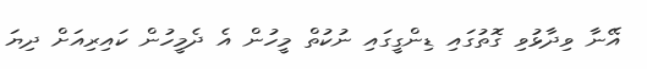
އޭނާ ވިދާޅުވި ގޮތުގައި ޑިންގީގައި ނުކުތް މީހުން އެ ދެމީހުން ކައިރިއަށް ދިޔަ